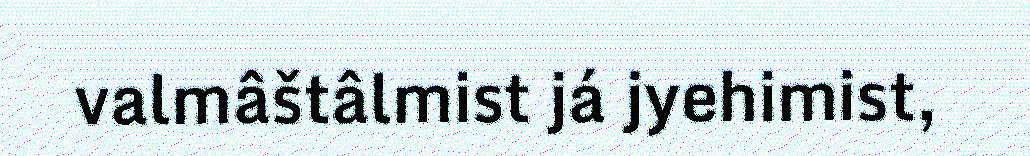
valmâštâlmist já jyehimist,